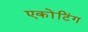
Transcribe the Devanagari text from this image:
एकोंटिंग